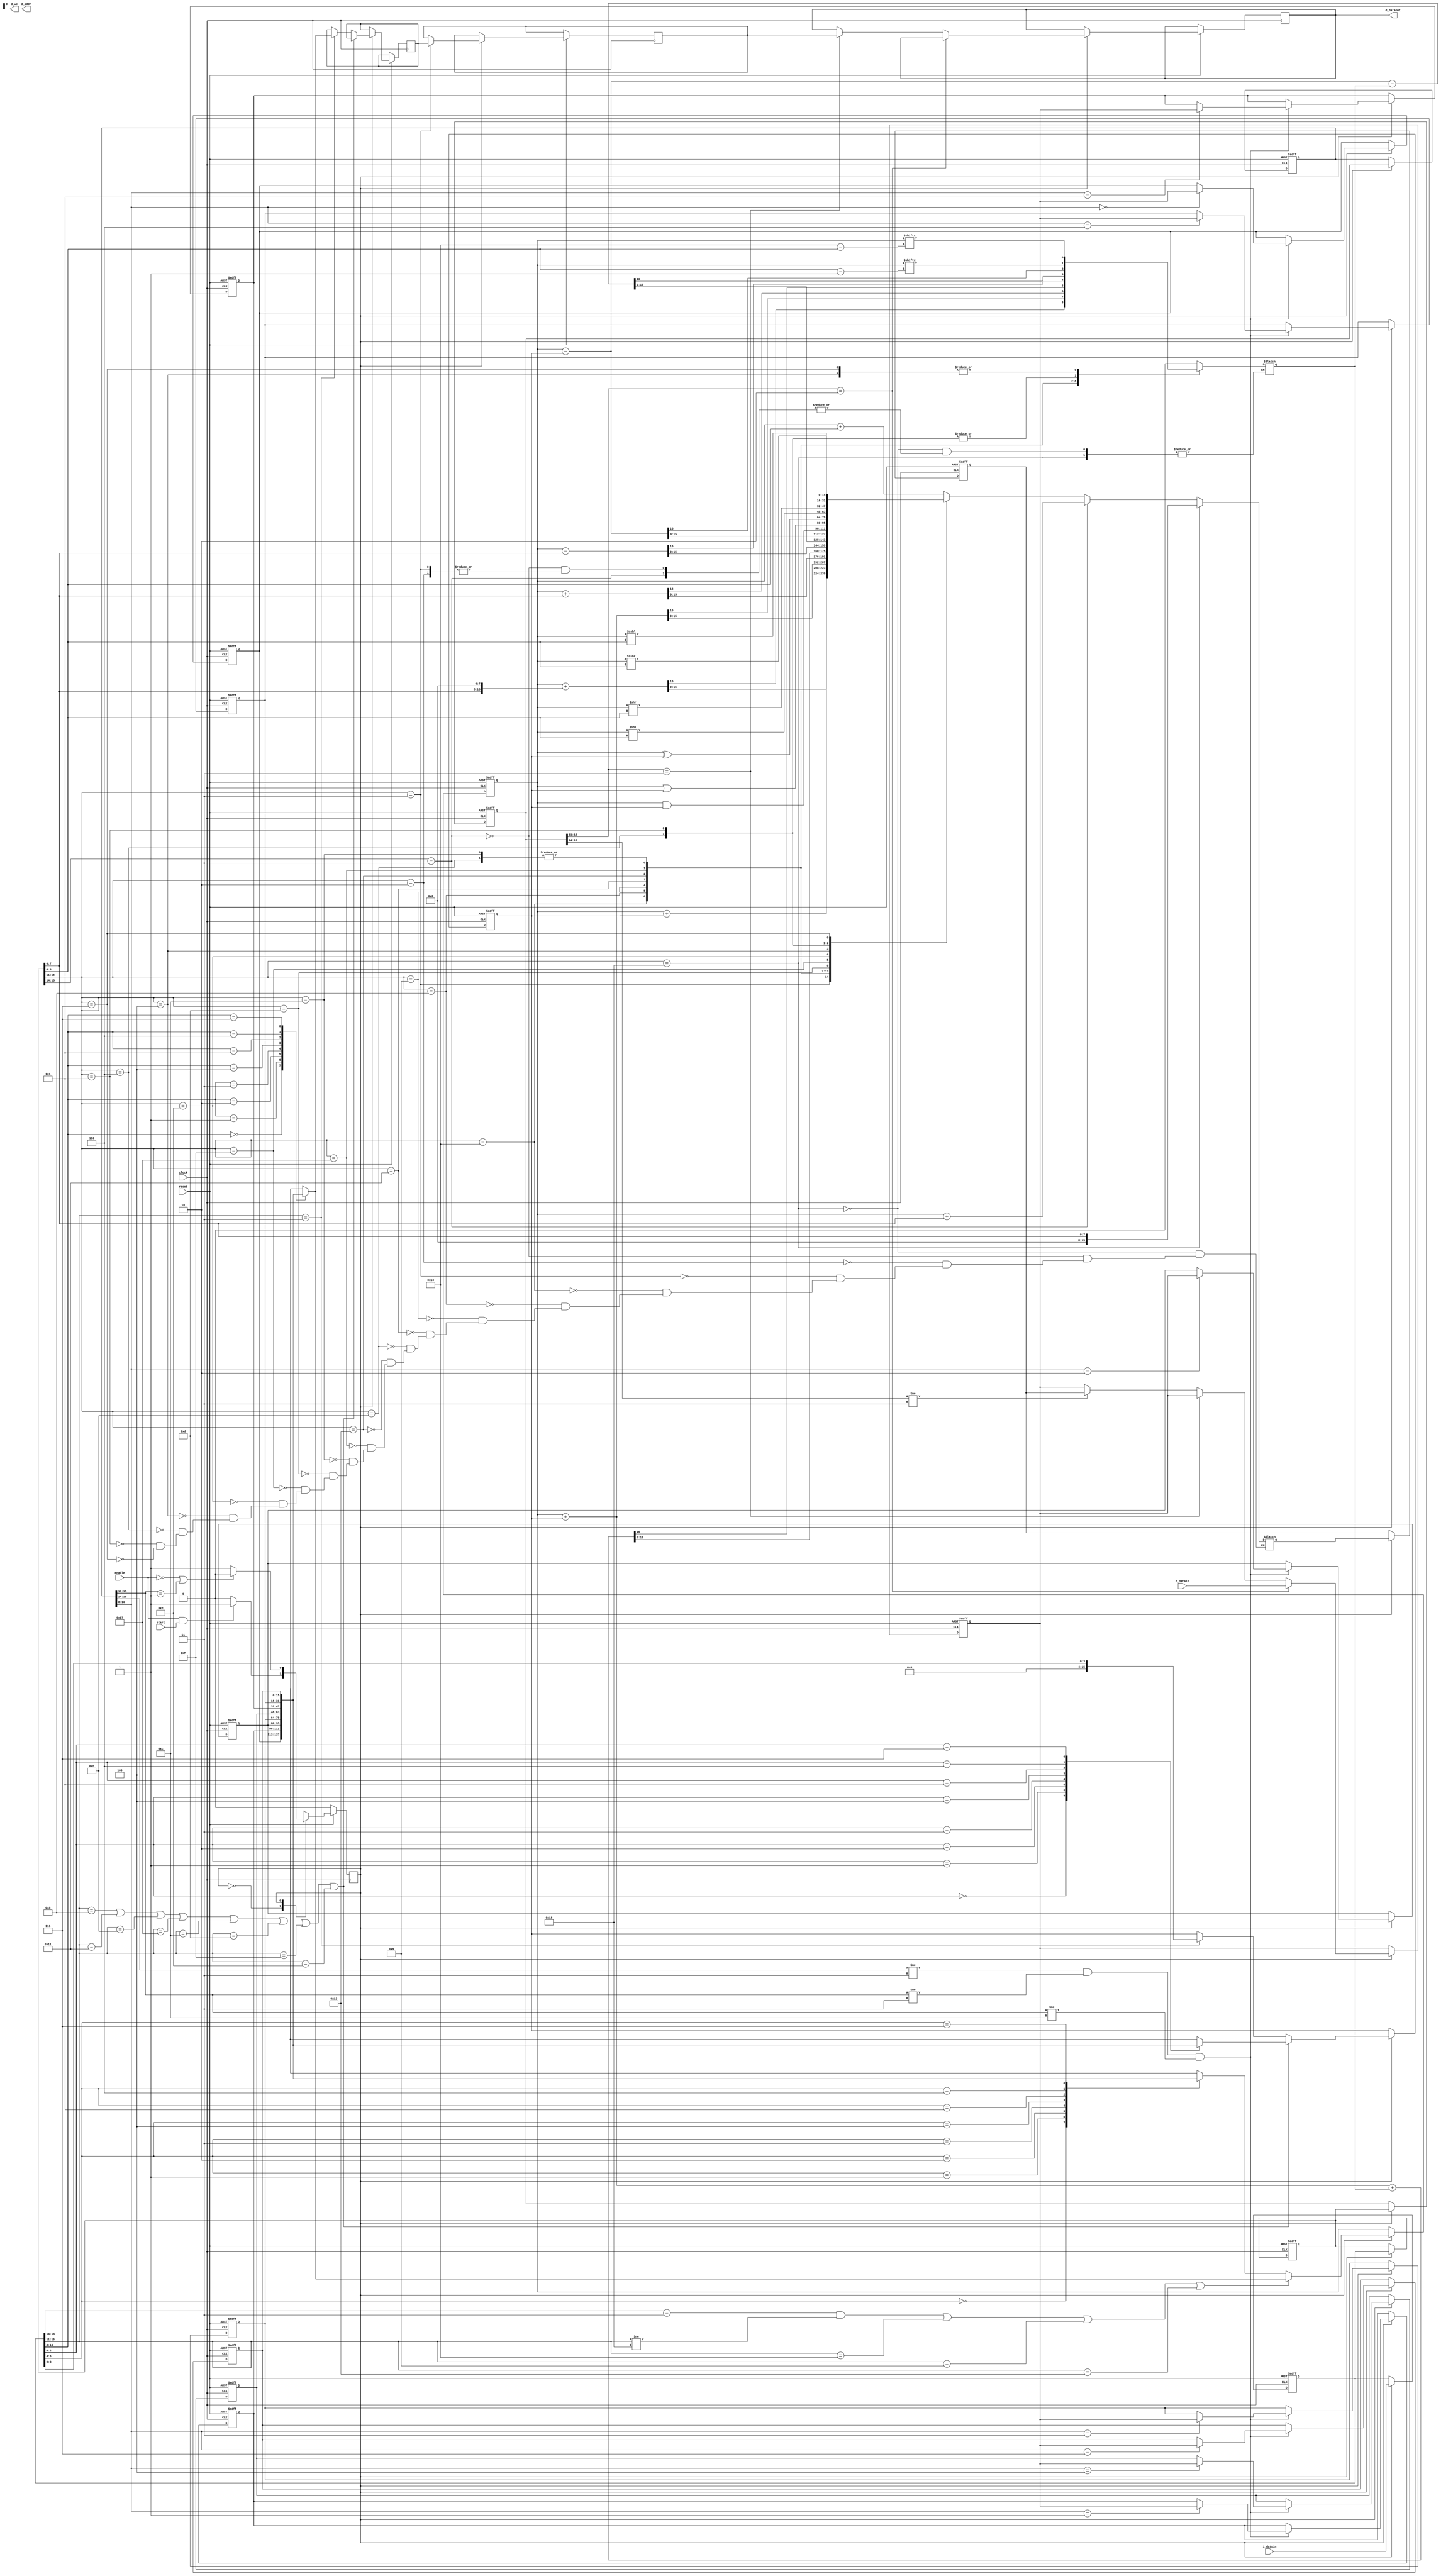
`timescale 1ns / 1ps
//////////////////////////////////////////////////////////////////////////////////
// Company: 
// Engineer: 
// 
// Design Name: 
// Module Name:    CPU 
// Project Name: 
// Target Devices: 
// Tool versions: 
// Description: 
//
// Dependencies: 
//
// Revision: 
// Revision 0.01 - File Created
// Additional Comments: 
//
//////////////////////////////////////////////////////////////////////////////////
// data transfer & Arithmetic
`define NOP 5'b00000
`define HALT 5'b00001
`define LOAD 5'b00010
`define STORE 5'b00011
`define LDIH 5'b10000
`define ADD 5'b01000
`define ADDI 5'b01001
`define ADDC 5'b10001
`define SUB 5'b01011
`define SUBI 5'b10011
`define SUBC 5'b10111
`define CMP 5'b01100
// control
`define JUMP 5'b11000
`define JMPR 5'b11001
`define BZ 5'b11010
`define BNZ 5'b11011
`define BN 5'b11100
`define BNN 5'b11101
`define BC 5'b11110
`define BNC 5'b11111
// logic / shift
`define AND 5'b01101
`define OR 5'b01111
`define XOR 5'b01110
`define SLL 5'b00100
`define SRL 5'b00110
`define SLA 5'b00101
`define SRA 5'b00111
// general register
`define gr0  3'b000
`define gr1  3'b001
`define gr2  3'b010
`define gr3  3'b011
`define gr4  3'b100
`define gr5  3'b101
`define gr6  3'b110
`define gr7  3'b111
// FSM
`define idle 1'b0
`define exec 1'b1

module CPU(
 input clock, enable, reset, start,
 input  [15:0] d_datain,
 input  [15:0] i_datain,
 output reg [7:0] d_addr,
 output reg [15:0] d_dataout,
 output reg d_we
    );

reg signed [15:0] gr [7:0];
reg signed [15:0] data_memory [255:0];
reg signed [15:0] op_memory [255:0];
reg nf, zf, cf;
reg state, next_state;
reg dw;
reg [7:0] pc;
reg [15:0] id_ir;
reg [15:0] wb_ir;
reg [15:0] ex_ir;
reg [15:0] mem_ir;
reg [15:0] smdr = 0;
reg [15:0] smdr1 = 0;
reg [15:0] reg_C1;
reg [15:0] reg_A;
reg [15:0] reg_B;
reg [15:0] reg_C;
reg [15:0] ALUo;




//************* CPU control *************//
always @(posedge clock)
	begin
		if (!reset)
			state <= `idle;
		else
			state <= next_state;
	end
	
always @(*)
	begin
		case (state)
			`idle : 
				if ((enable == 1'b1) 
				&& (start == 1'b1))
					next_state <= `exec;
				else	
					next_state <= `idle;
			`exec :
				if ((enable == 1'b0) 
				|| (wb_ir[15:11] == `HALT))
					next_state <= `idle;
				else
					next_state <= `exec;
		endcase
	end
	
	
	
//************* IF *************//
always @(posedge clock or negedge reset)
	begin
		if (!reset)
			begin
            id_ir <= 16'b0000_0000_0000_0000;
            pc <= 8'b0000_0000;
			end
			
		else if (state ==`exec)
			begin
				id_ir <= i_datain;
				// BZ & BNZ
				if(((mem_ir[15:11] == `BZ)
					&& (zf == 1'b1)) 
				|| ((mem_ir[15:11] == `BNZ)
					&& (zf == 1'b0)))
					pc <= reg_C[7:0];
				// BN & BNN	
				else if(((mem_ir[15:11] == `BN)
					&& (nf == 1'b1)) 
				|| ((mem_ir[15:11] == `BNN)
					&& (nf == 1'b0)))
					pc <= reg_C[7:0];
				// BC & BNC	
				else if(((mem_ir[15:11] == `BC)
					&& (cf == 1'b1)) 
				|| ((mem_ir[15:11] == `BNC)
					&& (cf == 1'b0)))
					pc <= reg_C[7:0];
				// JUMP 
				else if((mem_ir[15:11] == `JUMP)			
				|| (mem_ir[15:11] == `JMPR))					
					pc <= reg_C[7:0];
				else
					pc <= pc + 1;
			end
	end
	
	
//************* ID *************//
always @(posedge clock or negedge reset) 
    begin
	    if (!reset)
			begin
				ex_ir <= 16'b0000_0000_0000_0000;
				reg_A <= 0;
				reg_B <= 0;
			end
			
		else if (state == `exec)
			begin
				ex_ir <= id_ir;
			    // ********************reg_A ******************* //
				// reg_A <= r1:  r1  "JUMP" ,r1reg_A
				if ((id_ir[15:14] == 2'b11 && id_ir[15:11] != `JUMP) 
				|| (id_ir[15:11] == `LDIH)
				|| (id_ir[15:11] == `ADDI)
				|| (id_ir[15:11] == `SUBI))
					reg_A <= gr[(id_ir[10:8])];
				//reg_A <= r2:  r1 r2  gr[r2]
				else 
					reg_A <= gr[id_ir[6:4]];
					
				//************************* reg_B************************//
				if  ((id_ir[15:11] == `ADD)
                    || (id_ir[15:11] == `ADDC)
				    || (id_ir[15:11] == `SUB)
				    || (id_ir[15:11] == `SUBC)
					|| (id_ir[15:11] == `CMP)
					|| (id_ir[15:11] == `AND)
					|| (id_ir[15:11] == `OR)
					|| (id_ir[15:11] == `XOR))
					
					reg_B <= gr[id_ir[2:0]];
					
				else if (id_ir[15:11] == `STORE)
					begin
						reg_B <= {12'b0000_0000_0000, id_ir[3:0]}; //value3
						smdr <= gr[id_ir[10:8]]; // r1
					end
				
			end
	end		

	//************* ALUo *************//	
always @ (*) 
    begin
	    // {val2, val3}
		if  (ex_ir[15:11] == `JUMP)
			ALUo <= {8'b0, ex_ir[7:0]};
		//  r1 + {vla2, val3}
		else if  (ex_ir[15:14] == 2'b11)
		    ALUo <= reg_A + {8'b0, ex_ir[7:0]};
	    //ALUo cf
		else 
		begin
			case(ex_ir[15:11])
			`LOAD: ALUo <= reg_A + {12'b0000_0000_0000, ex_ir[3:0]};
			`STORE: ALUo <= reg_A + reg_B;
			`LDIH: {cf, ALUo} <= reg_A + { ex_ir[7:0], 8'b0 };
			`ADD: {cf, ALUo} <= reg_A + reg_B;
			`ADDI:{cf, ALUo} <= reg_A + { 8'b0, ex_ir[7:0] };
			`ADDC: {cf, ALUo} <= reg_A + reg_B + cf;
			`SUB: {cf, ALUo} <= {{1'b0, reg_A} - reg_B};
			`SUBI: {cf, ALUo} <= {1'b0, reg_A }- { 8'b0, ex_ir[7:0] };
			`SUBC:{cf, ALUo} <= {{1'b0, reg_A} - reg_B - cf};
			`CMP: {cf, ALUo} <= {{1'b0, reg_A} - reg_B};
			`AND: {cf, ALUo} <= {1'b0, reg_A & reg_B};
			`OR: {cf, ALUo} <= {1'b0, reg_A | reg_B};
			`XOR: {cf, ALUo} <= {1'b0, reg_A ^ reg_B};
			`SLL: {cf, ALUo} <= {reg_A[16 - ex_ir[3:0]], reg_A << ex_ir[3:0]};
			`SRL: {cf, ALUo} <= {reg_A[ex_ir[3:0] - 1], reg_A >> ex_ir[3:0]};
			`SLA: {cf, ALUo} <= {reg_A[ex_ir[3:0] - 1], reg_A <<< ex_ir[3:0]};
			`SRA: {cf, ALUo} <= {reg_A[16 - ex_ir[3:0]], reg_A >>> ex_ir[3:0]};
			default: begin
			         cf <= 0;
					 // ALUo <= 
					 end
        endcase								
		end
 end
	
//************* EX *************//	
always @(posedge clock or negedge reset) 
    begin
	    if (!reset)
			begin
				mem_ir <= 16'b0;
				reg_C <= 15'b0;
			end
			
		else if (state == `exec)
			begin
				mem_ir <= ex_ir;
				reg_C <= ALUo;

				if (ex_ir[15:11] == `STORE)
					begin
						dw <= 1'b1;
						smdr1 <= smdr;
					end
				// zf, nf, 
				else if((ex_ir[15:14] != 2'b11) && ex_ir[15:14] != `LOAD)
				     begin
				       zf <= (ALUo == 0)? 1:0;
						 nf <= (ALUo[15] == 1'b1)? 1:0;
				     end							
			end			
    end
//************* MEM *************//
always @(posedge clock or negedge reset) 
    begin
	    if (!reset)
			begin
				wb_ir <= 16'b0;
				reg_C1 <= 15'b0;
			end
			
		else if (state == `exec)
			begin
				wb_ir <= mem_ir;
				
				if (mem_ir[15:11] == `LOAD)
					reg_C1 <= d_datain;
				else if(mem_ir[15:11] == `STORE)
				    d_dataout <= smdr1; 
				else if(mem_ir[15:14] != 2'b11)
					reg_C1 <= reg_C;				
			end			
	end
//************* WB *************//
always @(posedge clock or negedge reset) 
    begin
	    if (!reset)
			begin
			   gr[0] <= 15'b0;
				gr[1] <= 15'b0;
				gr[2] <= 15'b0;
				gr[3] <= 15'b0;
				gr[4] <= 15'b0;
				gr[5] <= 15'b0;
				gr[6] <= 15'b0;
				gr[7] <= 15'b0;
			end			
			
		else if (state == `exec)
			begin
			    //  r1
				if ((wb_ir[15:14] != 2'b11) 
				   &&(wb_ir[15:11] != `STORE)		  
				   &&(wb_ir[15:11] != `CMP)
				)
					gr[wb_ir[10:8]] <= reg_C1;
			end	
   end

endmodule